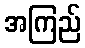
အကြည်